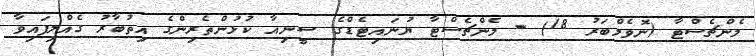
މެންޗެސްޓާ (ނޮވެމްބަރު 18) - މެންޗެސްޓާ ޔުނައިޓެޑްގެ ސީނިއާ ކުޅުންތެރިންގެ އިތުބާރު ގެއްލިފައިވާ